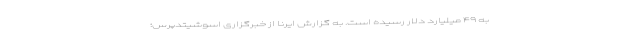
به ۴۹ میلیارد دلار رسیده است. به گزارش ایرنا از خبرگزاری اسوشیتدپرس؛